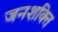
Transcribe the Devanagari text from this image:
जनशक्‍ति